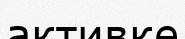
активке